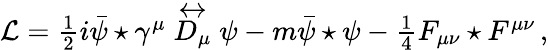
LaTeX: \mathcal{L}=\textstyle\frac{1}{2}i\bar{\psi}\star\gamma^{\mu}\stackrel{\leftrightarrow}{D_{\mu}}\psi-m\bar{\psi}\star\psi-\textstyle\frac{1}{4}F_{\mu\nu}\star F^{\mu\nu}\, ,